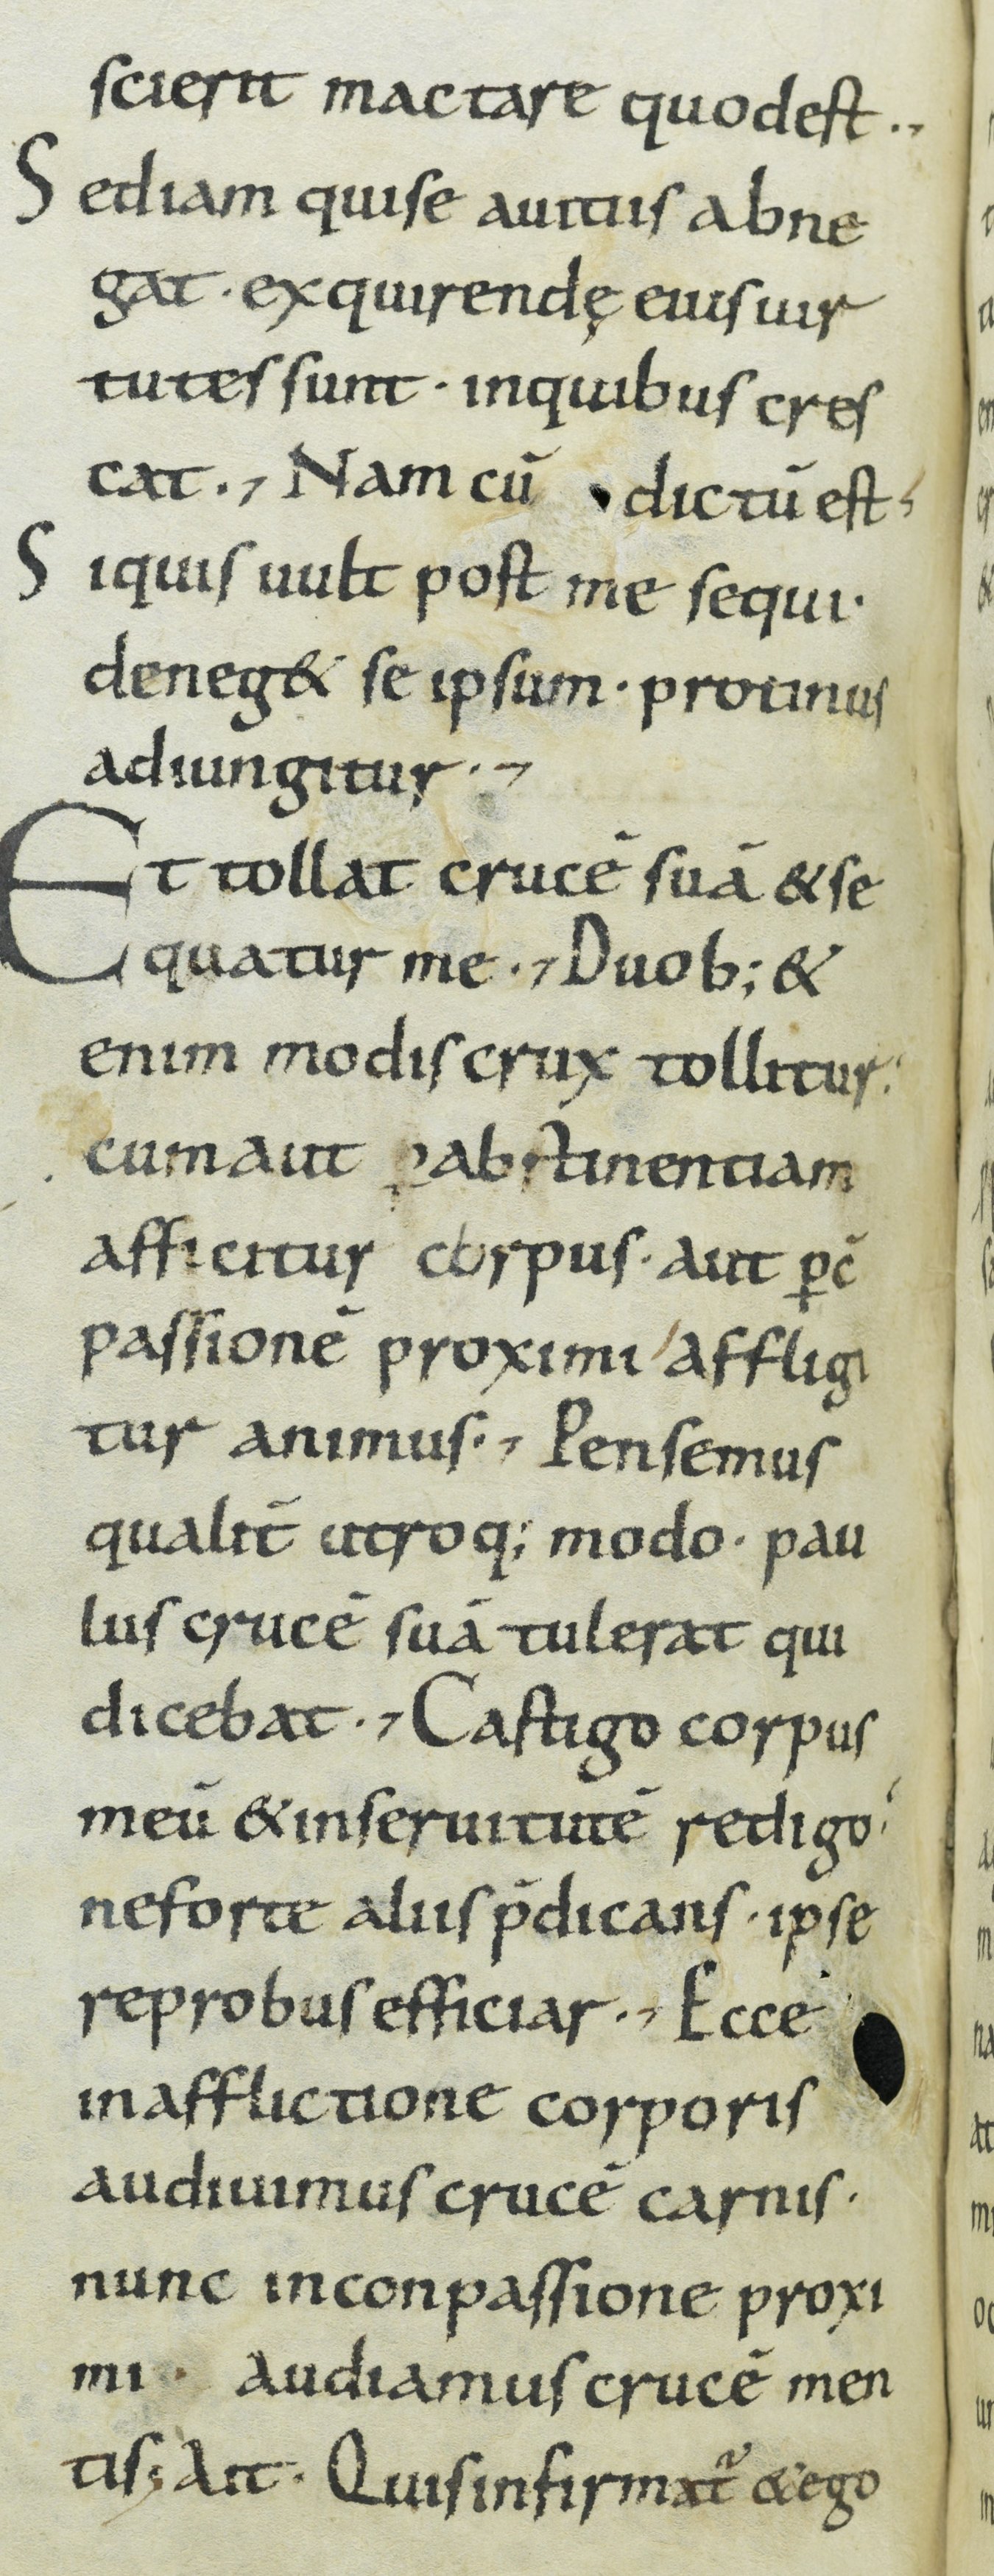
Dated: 800–899